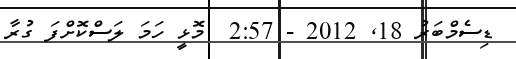
ޑިސެމްބަރު 18